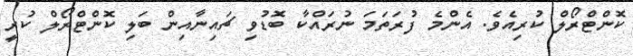
ކޮންޓްރޯލް ކުރިއެވެ. އެންމެ ފުރަތަމަ ނުރައްކާ ބޮޑުވި ޗައިނާއިން ބަލި ކޮންޓްރޯލް ކުރީ